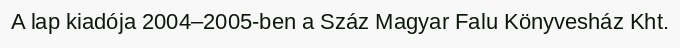
A lap kiadója 2004–2005-ben a Száz Magyar Falu Könyvesház Kht.